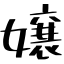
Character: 嬢